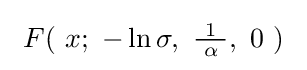
\ F(\ x;\ -\ln \sigma ,\ {\tfrac {\ 1\ }{\alpha }},\ 0\ )~